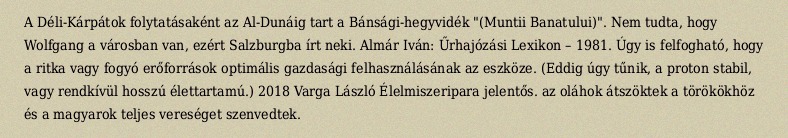
A Déli-Kárpátok folytatásaként az Al-Dunáig tart a Bánsági-hegyvidék "(Muntii Banatului)". Nem tudta, hogy Wolfgang a városban van, ezért Salzburgba írt neki. Almár Iván: Űrhajózási Lexikon – 1981. Úgy is felfogható, hogy a ritka vagy fogyó erőforrások optimális gazdasági felhasználásának az eszköze. (Eddig úgy tűnik, a proton stabil, vagy rendkívül hosszú élettartamú.) 2018 Varga László Élelmiszeripara jelentős. az oláhok átszöktek a törökökhöz és a magyarok teljes vereséget szenvedtek.